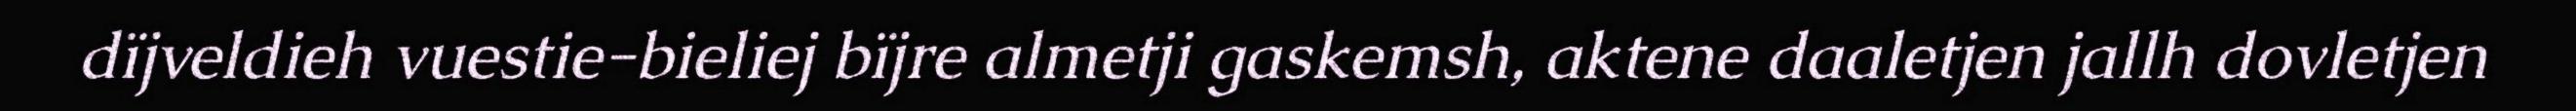
dïjveldieh vuestie-bieliej bïjre almetji gaskemsh, aktene daaletjen jallh dovletjen